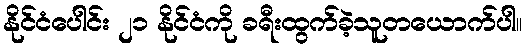
နိုင်ငံပေါင်း ၂၁ နိုင်ငံကို ခရီးထွက်ခဲ့သူတယောက်ပါ။